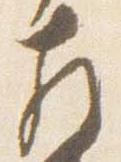
相